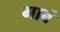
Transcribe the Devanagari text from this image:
गाबं